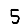
Digit: 5